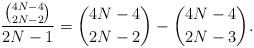
LaTeX: \begin{align*}\frac{\binom{4 N-4}{2 N-2}}{2 N-1}=\binom{4N-4}{2N-2}-\binom{4N-4}{2N-3}.\end{align*}